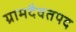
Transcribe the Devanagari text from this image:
ग्रामदैवतपद